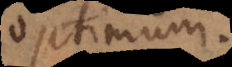
optimum.